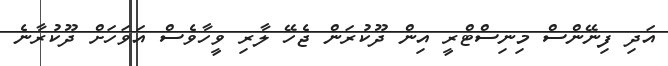
އަދި ފިނޭންސް މިނިސްޓްރީ އިން ދޫކުރަން ޖެހޭ ލާރި ވީހާވެސް އަވަހަށް ދޫކުރާނެ